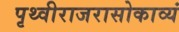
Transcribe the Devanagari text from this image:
पृथ्वीराजरासोकाव्यं